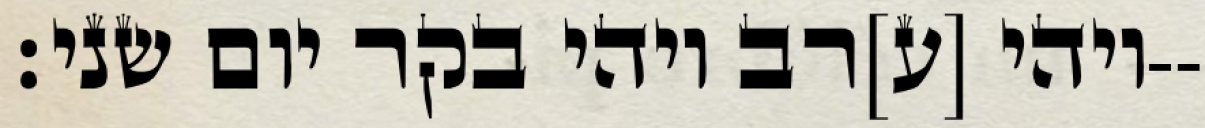
ויהי [ע]רב ויהי בקר יום שני׃--